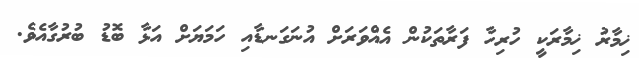
ޚިމާރު ޚިމާރަކީ ހުރިހާ ފަރާތަކުން އެއްވަރަށް އުނަގަނޑާއި ހަމަޔަށް އަޅާ ބޮޑު ބުރުގާއެވެ.